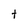
Character: t